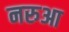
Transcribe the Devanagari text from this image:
नरुआ